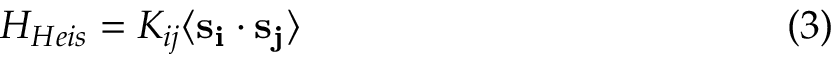
H _ { H e i s } = K _ { i j } \langle \bf { s _ { i } } \cdot \bf { s _ { j } } \rangle \eqno ( 3 )